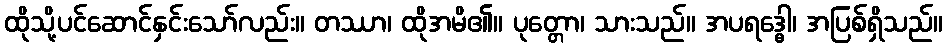
ထိုသို့ပင်ဆောင်နှင်းသော်လည်း။ တဿာ၊ ထိုအမိ၏။ ပုတ္တော၊ သားသည်။ အပရဒ္ဓေါ၊ အပြစ်ရှိသည်။